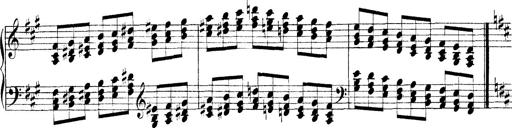
Title: Technische Studien
Composer: Franz Liszt